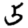
Digit: 5